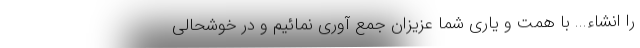
را انشاء... با همت و یاری شما عزیزان جمع آوری نمائیم و در خوشحالی